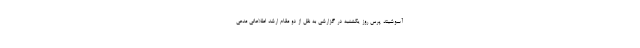
آسوشیتد پرس روز یکشنبه در گزارشی به نقل از دو مقام ارشد اطلاعاتی مدعی